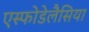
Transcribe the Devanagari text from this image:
एस्फोडेलैसिया